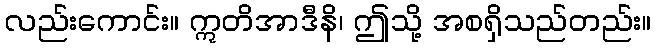
လည်းကောင်း။ ဣတိအာဒီနိ၊ ဤသို့ အစရှိသည်တည်း။